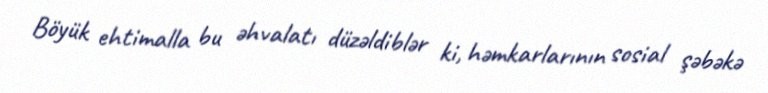
Böyük ehtimalla bu əhvalatı düzəldiblər ki, həmkarlarının sosial şəbəkə